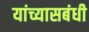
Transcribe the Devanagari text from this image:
यांच्यासबंधी